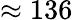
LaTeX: \approx 136